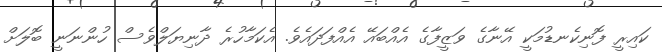
ކައިރީ ފޮނިކެނޑުމަކީ އޭނާގެ ވަޒީފާގެ އެއްބައޭ އެއްފަދައެވެ. އެކަމާހުރެ ދާނިޔަލްވެސް ހުންނަނީ ބޮލަށް